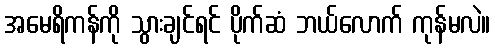
အမေရိကန်ကို သွားချင်ရင် ပိုက်ဆံ ဘယ်လောက် ကုန်မလဲ။